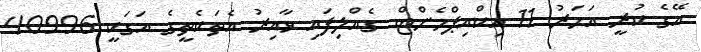
އޭގެ ކުރީ އަހަރު 11 އިކްއިޕްމެންޓް ގެއްލިފައި ވާއިރު އެތަކެތީގެ އަގަކީ 40996